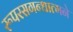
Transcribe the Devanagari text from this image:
रूपरसगन्धात्मने